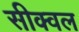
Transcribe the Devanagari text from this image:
सीक्‍वल